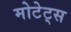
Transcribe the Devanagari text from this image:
मोटेट्स